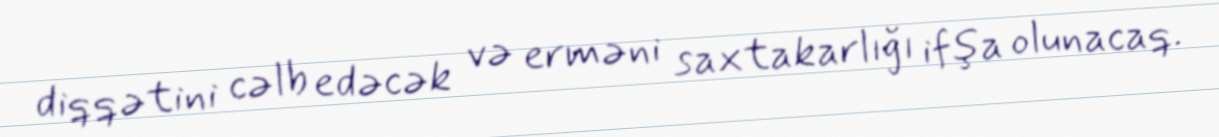
diqqətini cəlb edəcək və erməni saxtakarlığı ifşa olunacaq.